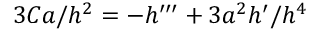
3 C a / h ^ { 2 } = - h ^ { \prime \prime \prime } + 3 a ^ { 2 } h ^ { \prime } / h ^ { 4 }